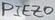
Text: PIEZO